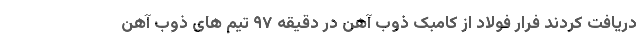
دریافت کردند فرار فولاد از کامبک ذوب آهن در دقیقه ۹۷ تیم های ذوب آهن